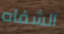
الشفاه